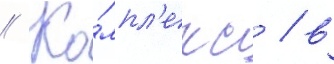
// Ко́мпл'екс / в